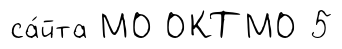
са́йта МО ОКТМО 5